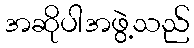
အဆိုပါအဖွဲ့သည်